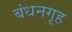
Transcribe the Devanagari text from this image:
बंधनगृह